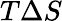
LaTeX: T\Delta S